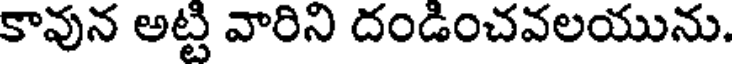
కావున అట్టి వారిని దండించవలయును.